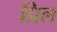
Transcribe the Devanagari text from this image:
प्रिल